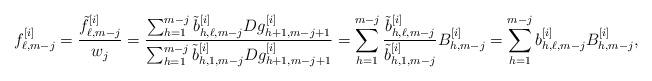
LaTeX: \begin{align*}f^{[i]}_{\ell,m-j}=\frac{\tilde{f}^{[i]}_{\ell,m-j}}{w_j}=\frac{\sum_{h=1}^{m-j} \tilde{b}^{[i]}_{h,\ell,m-j} D g^{[i]}_{h+1,m-j+1}}{\sum_{h=1}^{m-j} \tilde{b}^{[i]}_{h,1,m-j} D g^{[i]}_{h+1,m-j+1}}=\sum_{h=1}^{m-j} \frac{\tilde{b}^{[i]}_{h,\ell,m-j}}{\tilde{b}^{[i]}_{h,1,m-j}} B^{[i]}_{h,m-j}=\sum_{h=1}^{m-j} b^{[i]}_{h,\ell,m-j} B^{[i]}_{h,m-j},\end{align*}